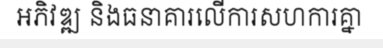
អភិវឌ្ឍ និងធនាគារលើការសហការគ្នា